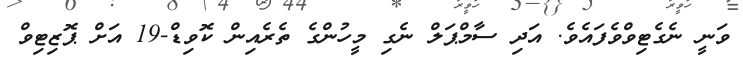
ވަނީ ނެގެޓިވްވެފައެވެ. އަދި ސާމްޕަލް ނެގި މީހުންގެ ތެރެއިން ކޮވިޑް-19 އަށް ޕޮޒިޓިވް